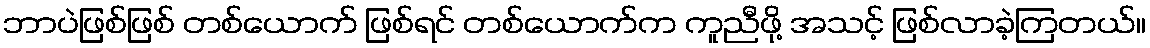
ဘာပဲဖြစ်ဖြစ် တစ်ယောက် ဖြစ်ရင် တစ်ယောက်က ကူညီဖို့ အသင့် ဖြစ်လာခဲ့ကြတယ်။